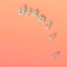
التصفيق